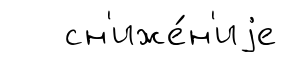
сн'иже́н'иjе